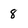
Character: 8